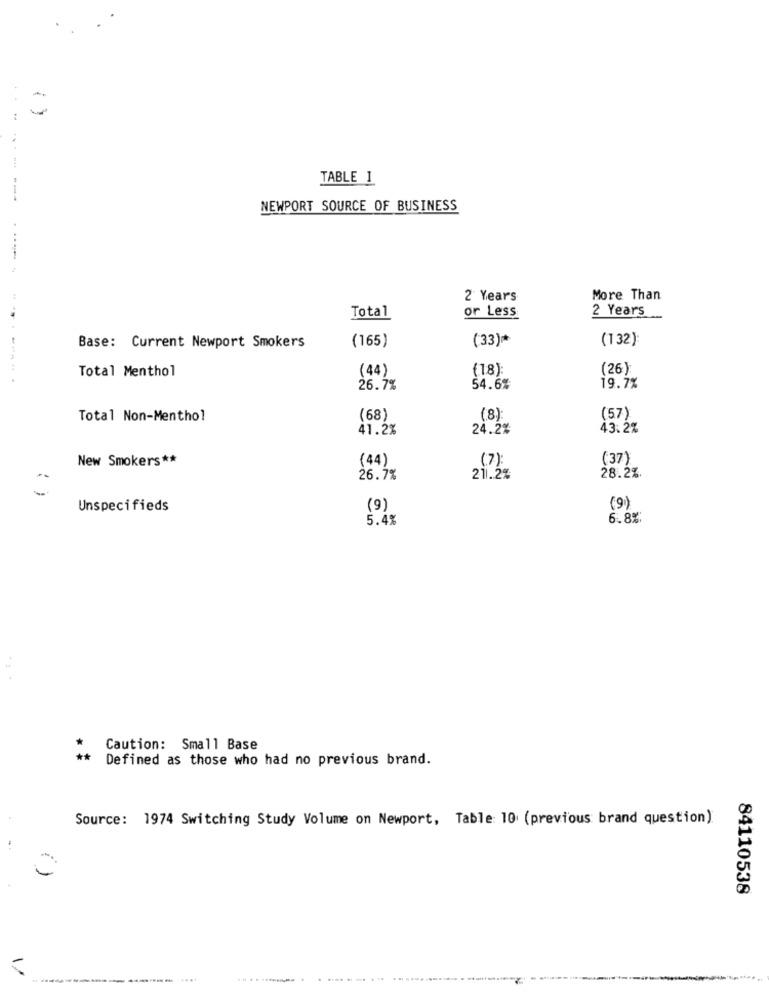
:
TABLE 1
--- ---
NEWPORT SOURCE OF BUSINESS
2 Years
More Than
2 Years
Total
or Less
(165)
(33) **
(132)
Base: Current Newport Smokers
(44)
(18)
(26):
Total Menthol
26.7%
54.6%
19.7%
Total Non-Menthol
(68)
(8)
(57)
41.2%
24.2%
43.2%
New Smokers **
(44)
(37)
(7):
26.7%
21.2%
28.2%
: )
Unspecifieds
(9)
(9)
5.4%
6.8%
Caution: Small Base
**
Defined as those who had no previous brand.
Source: 1974 Switching Study Volume on Newport, Table: 10 (previous brand question)
84110538